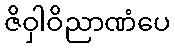
ဇိဝှါဝိညာဏံပေ